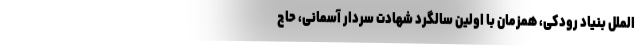
الملل بنیاد رودکی، همزمان با اولین سالگرد شهادت سردار آسمانی، حاج